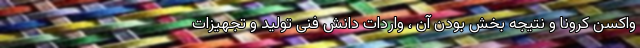
واکسن کرونا و نتیجه بخش بودن آن ، واردات دانش فنی تولید و تجهیزات